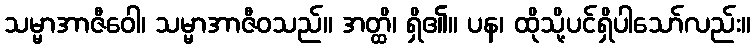
သမ္မာအာဇီဝေါ၊ သမ္မာအာဇီဝသည်။ အတ္ထိ၊ ရှိ၏။ ပန၊ ထိုသို့ပင်ရှိပါသော်လည်း။